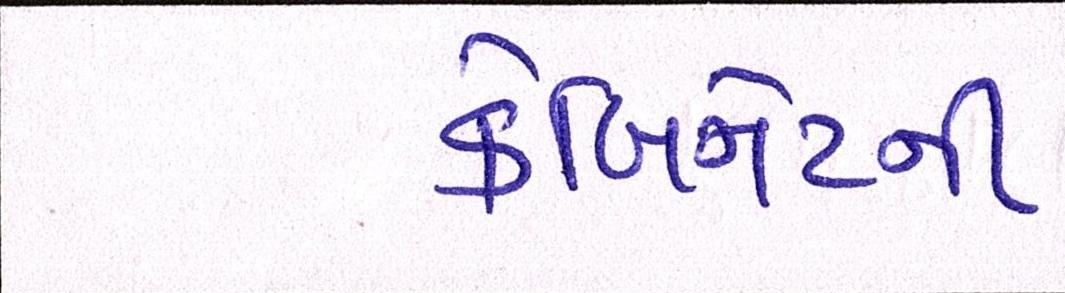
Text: કેબિનેટની